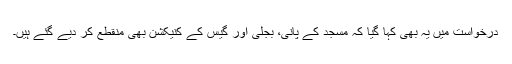
درخواست میں یہ بھی کہا گیا کہ مسجد کے پانی، بجلی اور گیس کے کنیکشن بھی منقطع کر دیے گئے ہیں۔